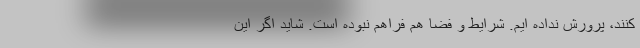
کنند، پرورش نداده ایم. شرایط و فضا هم فراهم نبوده است. شاید اگر این